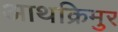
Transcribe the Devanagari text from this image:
आथक्रिमुर